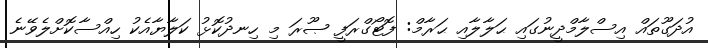
އުދަގޫތައް އިސްލާމްދީނުގައި ޙަލާލާއި ޙަރާމް: ފޮޓޯގްރަފީ ޞޫރަ މި ހިނދުކޮޅު ކަލާޔާއެކު ހިއްސާކޮށްލެވޭނެ